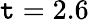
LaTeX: \mathtt{t}=2.6